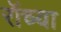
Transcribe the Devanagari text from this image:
रॉच्या